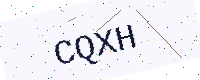
Text: CQXH